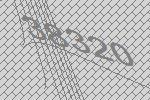
38320